Document type: Emphyteutic lease
Year: 1295
Scribe: Pere de Noguera, prevere
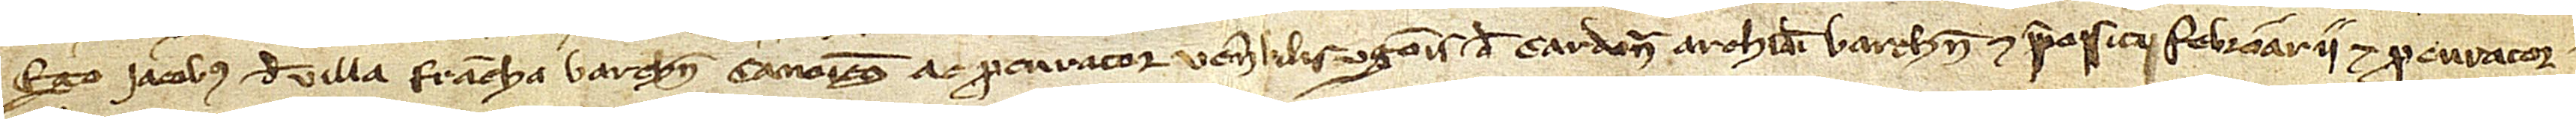
Ego Iacobus de Villa Francha, Barchinonesis canonicus ac procurator venerabilis Ugonis de Cardona, archidiaconi Barchinone et prepositi febroarii, et procurator